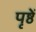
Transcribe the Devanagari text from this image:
पृष्ठें